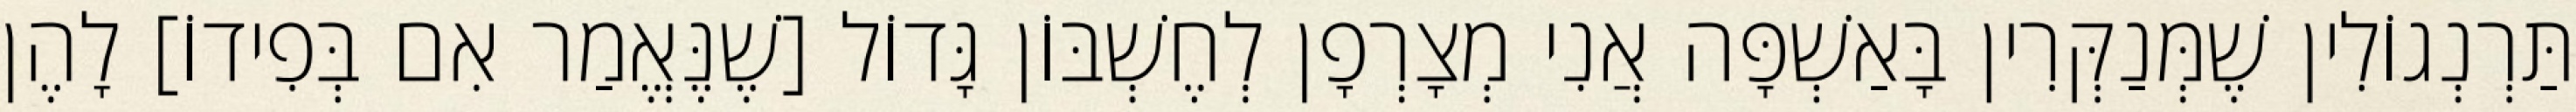
תַּרְנְגוֹלִין שֶׁמְּנַקְּרִין בָּאַשְׁפָּה אֲנִי מְצָרְפָן לְחֶשְׁבּוֹן גָּדוֹל [שֶׁנֶּאֱמַר אִם בְּפִידוֹ] לָהֶן